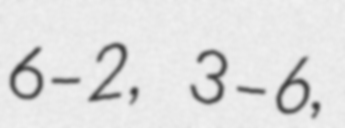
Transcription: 6–2, 3–6,